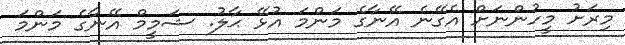
މިރަށު މީހުންނަށް އެގޭނެ އޭނާގެ މަންމަ އުޅޭ ޙާލު. ޝަމީމް އޭނާގެ މަންމަ